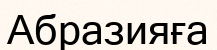
Абразияға